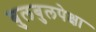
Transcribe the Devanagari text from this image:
बुलबुलपेक्षा